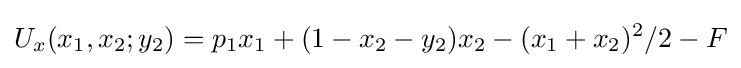
U_{x}(x_{1},x_{2};y_{2})=p_{1}x_{1}+(1-x_{2}-y_{2})x_{2}-(x_{1}+x_{2})^{2}/2-F